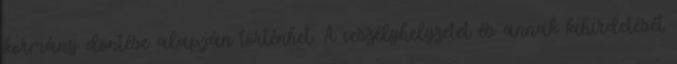
kormány döntése alapján történhet. A veszélyhelyzetet és annak kihirdetését